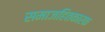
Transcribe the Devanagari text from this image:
समाजहितकारक